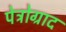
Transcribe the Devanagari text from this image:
पेट्रोग्राद